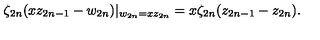
\zeta _ { 2 n } ( x z _ { 2 n - 1 } - w _ { 2 n } ) | _ { w _ { 2 n } = x z _ { 2 n } } = x \zeta _ { 2 n } ( z _ { 2 n - 1 } - z _ { 2 n } ) .